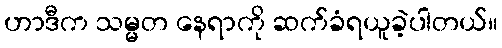
ဟာဒီက သမ္မတ နေရာကို ဆက်ခံရယူခဲ့ပါတယ်။